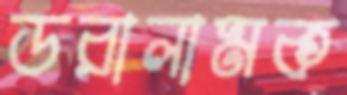
ডরালামক